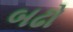
બઢો